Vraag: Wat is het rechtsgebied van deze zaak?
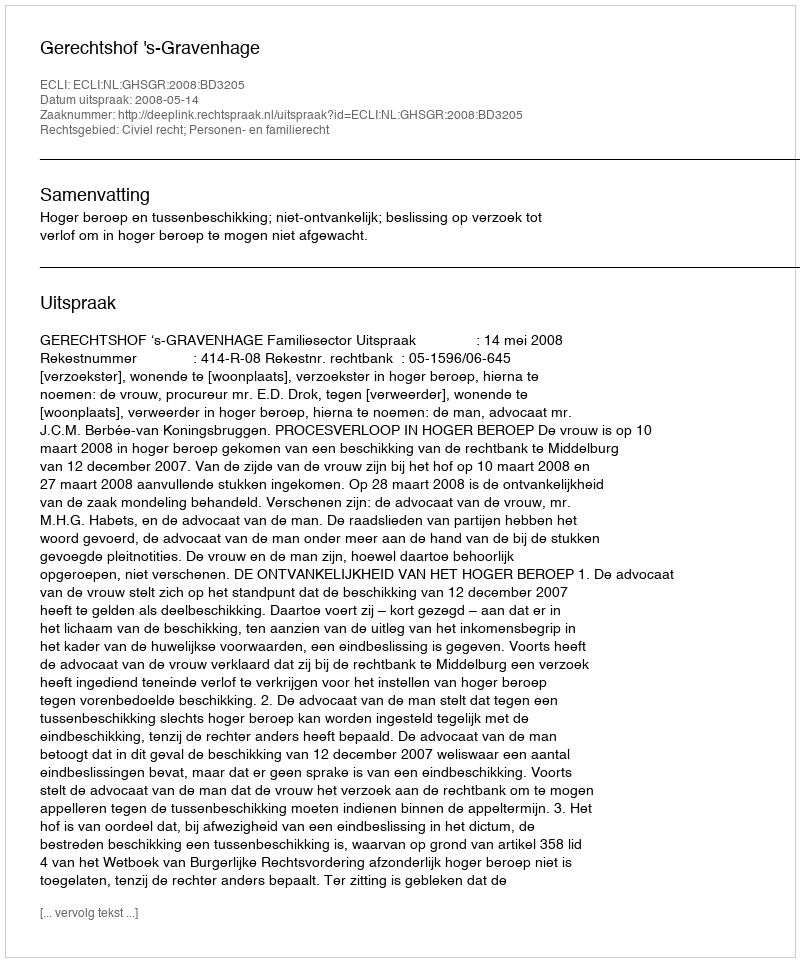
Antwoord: Civiel recht; Personen- en familierecht